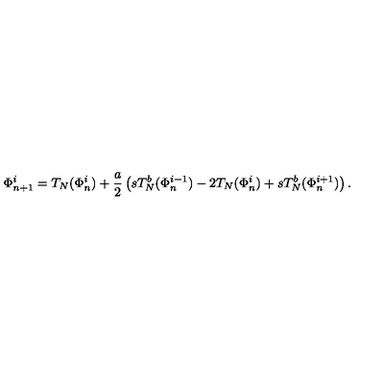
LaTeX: \Phi _ { n + 1 } ^ { i } = T _ { N } ( \Phi _ { n } ^ { i } ) + \frac { a } { 2 } \left( s T _ { N } ^ { b } ( \Phi _ { n } ^ { i - 1 } ) - 2 T _ { N } ( \Phi _ { n } ^ { i } ) + s T _ { N } ^ { b } ( \Phi _ { n } ^ { i + 1 } ) \right) .